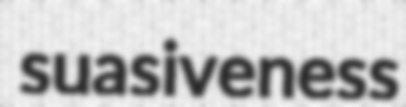
suasiveness